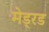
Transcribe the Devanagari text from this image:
मेड्रड